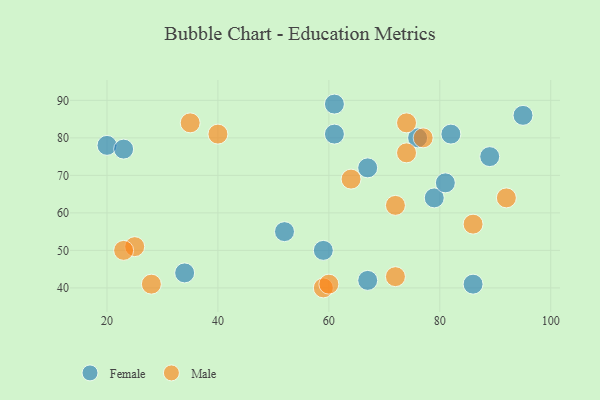
{"axis": {"x": "GDP", "y": "Life Expectancy"}, "legend": ["Female", "Male"], "data": [{"x": "79", "y": 64, "type": "Female"}, {"x": "61", "y": 89, "type": "Female"}, {"x": "81", "y": 68, "type": "Female"}, {"x": "20", "y": 78, "type": "Female"}, {"x": "34", "y": 44, "type": "Female"}, {"x": "59", "y": 50, "type": "Female"}, {"x": "86", "y": 41, "type": "Female"}, {"x": "52", "y": 55, "type": "Female"}, {"x": "23", "y": 77, "type": "Female"}, {"x": "67", "y": 72, "type": "Female"}, {"x": "95", "y": 86, "type": "Female"}, {"x": "89", "y": 75, "type": "Female"}, {"x": "82", "y": 81, "type": "Female"}, {"x": "61", "y": 81, "type": "Female"}, {"x": "67", "y": 42, "type": "Female"}, {"x": "76", "y": 80, "type": "Female"}, {"x": "77", "y": 80, "type": "Male"}, {"x": "64", "y": 69, "type": "Male"}, {"x": "74", "y": 84, "type": "Male"}, {"x": "92", "y": 64, "type": "Male"}, {"x": "28", "y": 41, "type": "Male"}, {"x": "25", "y": 51, "type": "Male"}, {"x": "35", "y": 84, "type": "Male"}, {"x": "23", "y": 50, "type": "Male"}, {"x": "72", "y": 43, "type": "Male"}, {"x": "72", "y": 62, "type": "Male"}, {"x": "86", "y": 57, "type": "Male"}, {"x": "59", "y": 40, "type": "Male"}, {"x": "40", "y": 81, "type": "Male"}, {"x": "74", "y": 76, "type": "Male"}, {"x": "60", "y": 41, "type": "Male"}]}